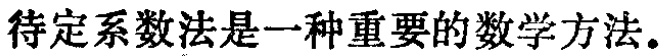
待定系数法是一种重要的数学方法。